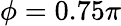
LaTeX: \phi=0.75\pi